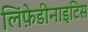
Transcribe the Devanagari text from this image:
लिंफ़ेडीनाइटिस